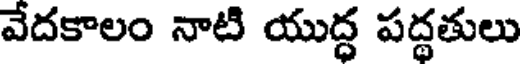
వేదకాలం నాటి యుద్ధ పద్ధతులు